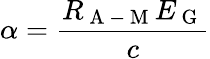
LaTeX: \alpha=\frac{R_{\mathrm{~A~-~M~}}E_{\mathrm{~G~}}}{c}